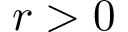
r > 0